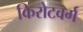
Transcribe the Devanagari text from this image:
किरोटवर्ग